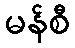
မန်စီ